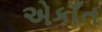
એકાઁત